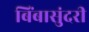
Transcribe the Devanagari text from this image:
बिंबासुंदरी